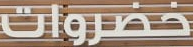
خضراوات